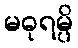
မဓုရမ္ပိ